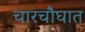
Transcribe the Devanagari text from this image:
चारचौघात